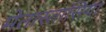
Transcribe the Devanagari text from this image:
मेतास्तासिया